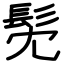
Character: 髧